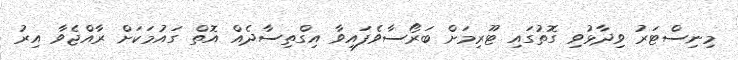
މިނިސްޓަރު ވިދާޅުވި ގޮތުގައި ޓޫރިމަށް ބަރޯސާވެފައިވާ އިގްތިސާދެއް އޮތް ގައުމަކަށް ރާއްޖެވާ އިރު